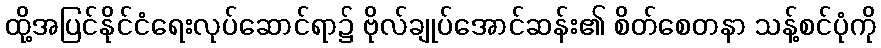
ထို့အပြင်နိုင်ငံရေးလုပ်ဆောင်ရာ၌ ဗိုလ်ချုပ်အောင်ဆန်း၏ စိတ်စေတနာ သန့်စင်ပုံကို